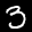
Label: 3